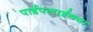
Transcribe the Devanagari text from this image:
पाईपलाईनचा